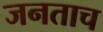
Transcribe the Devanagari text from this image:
जनताच